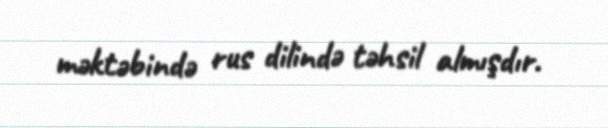
məktəbində rus dilində təhsil almışdır.